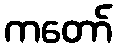
ကတော်